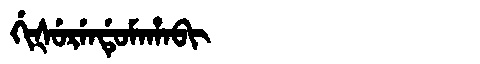
Manchu: ᡤᡳᡧᡠᡵᡝᠨᡩᡠᠮᠠᡥᠠᠪᡳ
Romanization: GIŠURENDUMAHABI